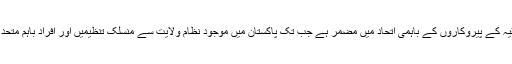
انکاکہنا تھا کہ ملت کے مسائل کا حل نظریہ ولایت فقیہ کے پیروکاروں کے باہمی اتحاد میں مضمر ہے جب تک پاکستان میں موجود نظام ولایت سے منسلک تنظیمیں اور افراد باہم متحد نہیں ہوتے ملت مسائل سے چھٹکارا نہیں پاسکتی ہے۔